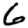
Digit: 6